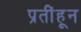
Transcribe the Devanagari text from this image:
प्रतींहून